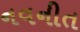
નવનીત